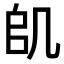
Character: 𠙋